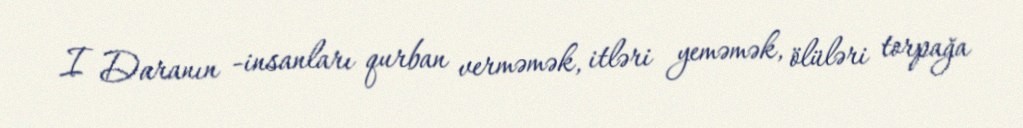
I Daranın -insanları qurban verməmək, itləri yeməmək, ölüləri torpağa